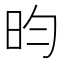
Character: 昀